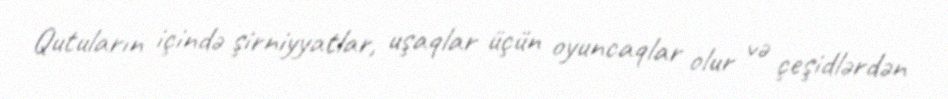
Qutuların içində şirniyyatlar, uşaqlar üçün oyuncaqlar olur və çeşidlərdən